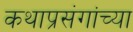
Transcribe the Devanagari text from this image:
कथाप्रसंगांच्या